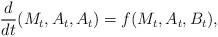
LaTeX: \begin{align*}\frac{d}{dt} (M_t,A_t,A_t) = f(M_t,A_t,B_t),\end{align*}